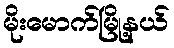
မိုးမောက်မြို့နယ်